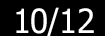
10/12